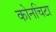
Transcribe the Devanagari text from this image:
कोनचिटा